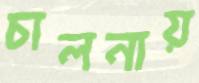
চালনায়